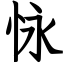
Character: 怺